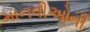
માનવીઓની